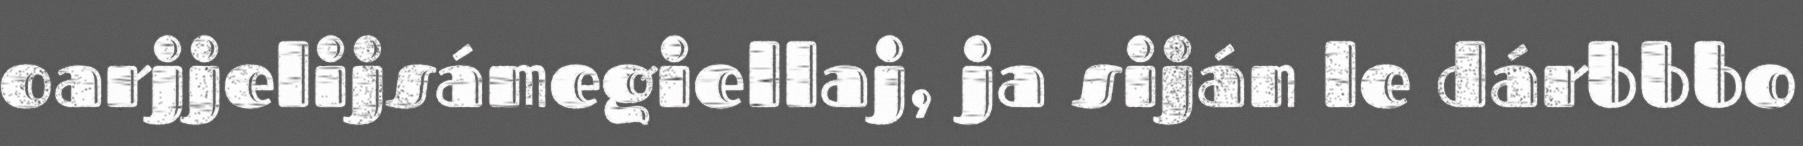
oarjjelijsámegiellaj, ja siján le dárbbbo